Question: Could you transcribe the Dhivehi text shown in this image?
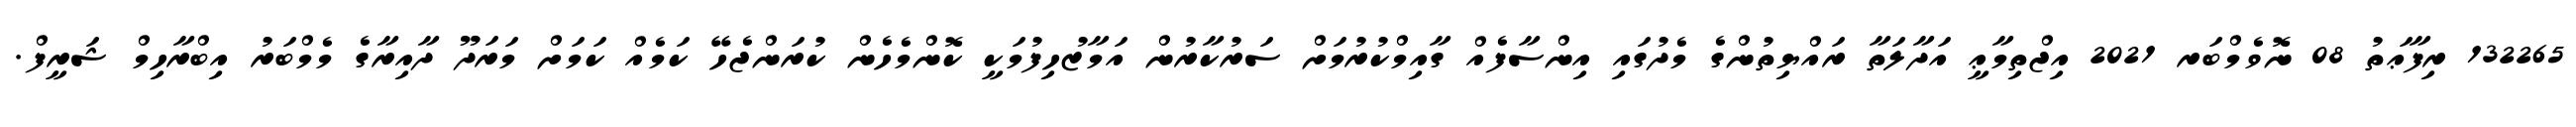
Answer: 132265 ރިފާޢަތު 08 ނޮވެމްބަރ 2021 އިޖްތިމާޢީ އަދާލަތާ ރައްޔިތުންގެ މެދުގައި އިންސާފެއް ގާއިމްކުރުމަށް ސަރުކާރުން އަމާޒުހިފުމަކީ ކޮންމެހެން ކުރަންޖެހޭ ކަމެއް ކަމަށް މަރަދޫ ދާއިރާގެ މެމްބަރު އިބްރާހިމް ޝަރީފް.